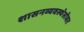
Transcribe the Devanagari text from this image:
शासनव्यवस्थेसोबत